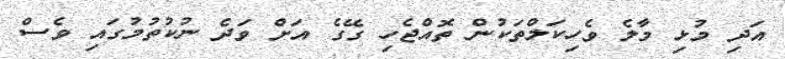
އަދި މުޅި މާލެ ވެހިކަލްތަކުން ތޮއްޖެހި ގޭގެ އަށް ވަދެ ނުކުތުމުގައި ވެސް